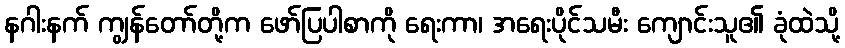
နဂါးနက် ကျွန်တော်တို့က ဖော်ပြပါစာကို ရေးကာ၊ အရေးပိုင်သမီး ကျောင်းသူ၏ ခုံထဲသို့